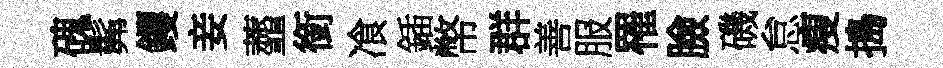
磈髴钁妾虀銜飡鍤幣群善服罹臉磯怠瘦搗